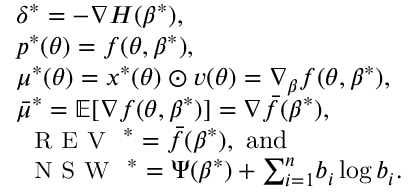
\begin{array} { r l } & { { \delta ^ { * } } = - \nabla H ( \beta ^ { * } ) , } \\ & { p ^ { * } ( \theta ) = f ( \theta , \beta ^ { * } ) , } \\ & { { \mu ^ { * } } ( \theta ) = x ^ { * } ( \theta ) \odot v ( \theta ) = \nabla _ { \beta } f ( \theta , \beta ^ { * } ) , } \\ & { { \bar { \mu } ^ { * } } = { \mathbb E } [ \nabla f ( \theta , \beta ^ { * } ) ] = \nabla { \bar { f } } ( \beta ^ { * } ) , } \\ & { { \small \textsc { { R E V } } } ^ { * } = { \bar { f } } ( \beta ^ { * } ) , \mathrm { ~ a n d } } \\ & { { \small \textsc { { N S W } } } ^ { * } = \Psi ( \beta ^ { * } ) + { \sum _ { i = 1 } ^ { n } } b _ { i } \log b _ { i } . } \end{array}